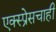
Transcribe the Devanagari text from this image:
एक्स्प्रेसचाही